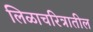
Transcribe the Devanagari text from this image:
लिळाचरित्रातील